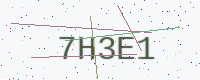
Text: 7H3E1